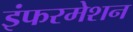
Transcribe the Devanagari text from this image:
इंफरमेशन